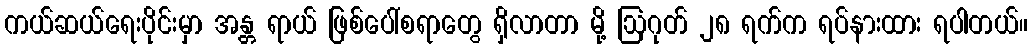
ကယ်ဆယ်ရေးပိုင်းမှာ အန္တ ရာယ် ဖြစ်ပေါ်စရာတွေ ရှိလာတာ မို့ ဩဂုတ် ၂၈ ရက်က ရပ်နားထား ရပါတယ်။